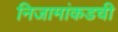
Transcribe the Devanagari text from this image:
निजामांकडची